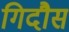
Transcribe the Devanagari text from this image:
गिदौस